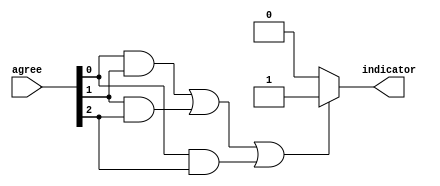
module voter(indicator, agree);

output indicator;
input [2:0] agree;

assign indicator = (agree[0] & agree[1] |
                    agree[1] & agree[2] |
                    agree[0] & agree[2]) ? 1 : 0;

endmodule